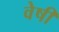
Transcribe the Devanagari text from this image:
वेषी